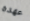
عهده